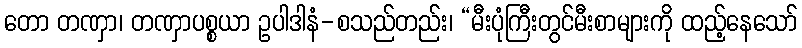
တော တဏှာ၊ တဏှာပစ္စယာ ဥပါဒါနံ-စသည်တည်း၊ “မီးပုံကြီးတွင်မီးစာများကို ထည့်နေသော်